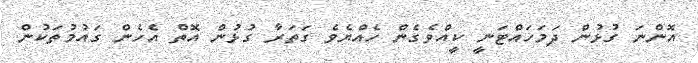
އޮންނަ ގުޅުން ދަމަހައްޓަނީ ކީއްވެގެން ހެއްޔެވެ ގަތަރާ ގުޅުން އޮތް އެހެން ގައުމުތަކުން